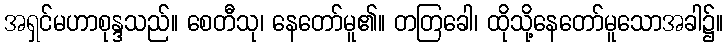
အရှင်မဟာစုန္ဒသည်။ စေတီသု၊ နေတော်မူ၏။ တတြခေါ၊ ထိုသို့နေတော်မူသောအခါ၌။